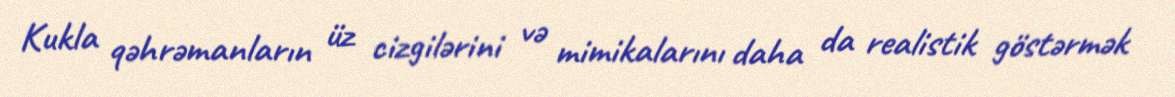
Kukla qəhrəmanların üz cizgilərini və mimikalarını daha da realistik göstərmək